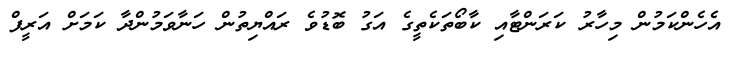
އެހެންކަމުން މިހާރު ކަރަންޓާއި ކާބޯތަކެތީގެ އަގު ބޮޑުވެ ރައްޔިތުން ހަނާވަމުންދާ ކަމަށް އަރީފް